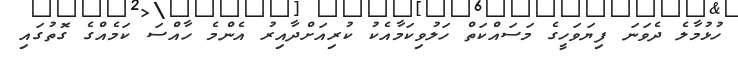
ހުޅުމާލެ ދެވަނަ ފިޔަވަހީގެ މަސައްކަތް ހަލުވިކަމާއެކު ކުރިއަށްދާއިރު އެންމެ ހާއްސަ ކަމެއްގެ ގޮތުގައި